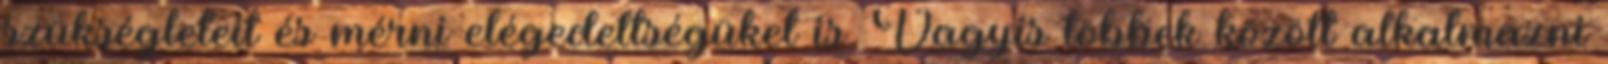
szükségleteit és mérni elégedettségüket is. Vagyis többek között alkalmazni